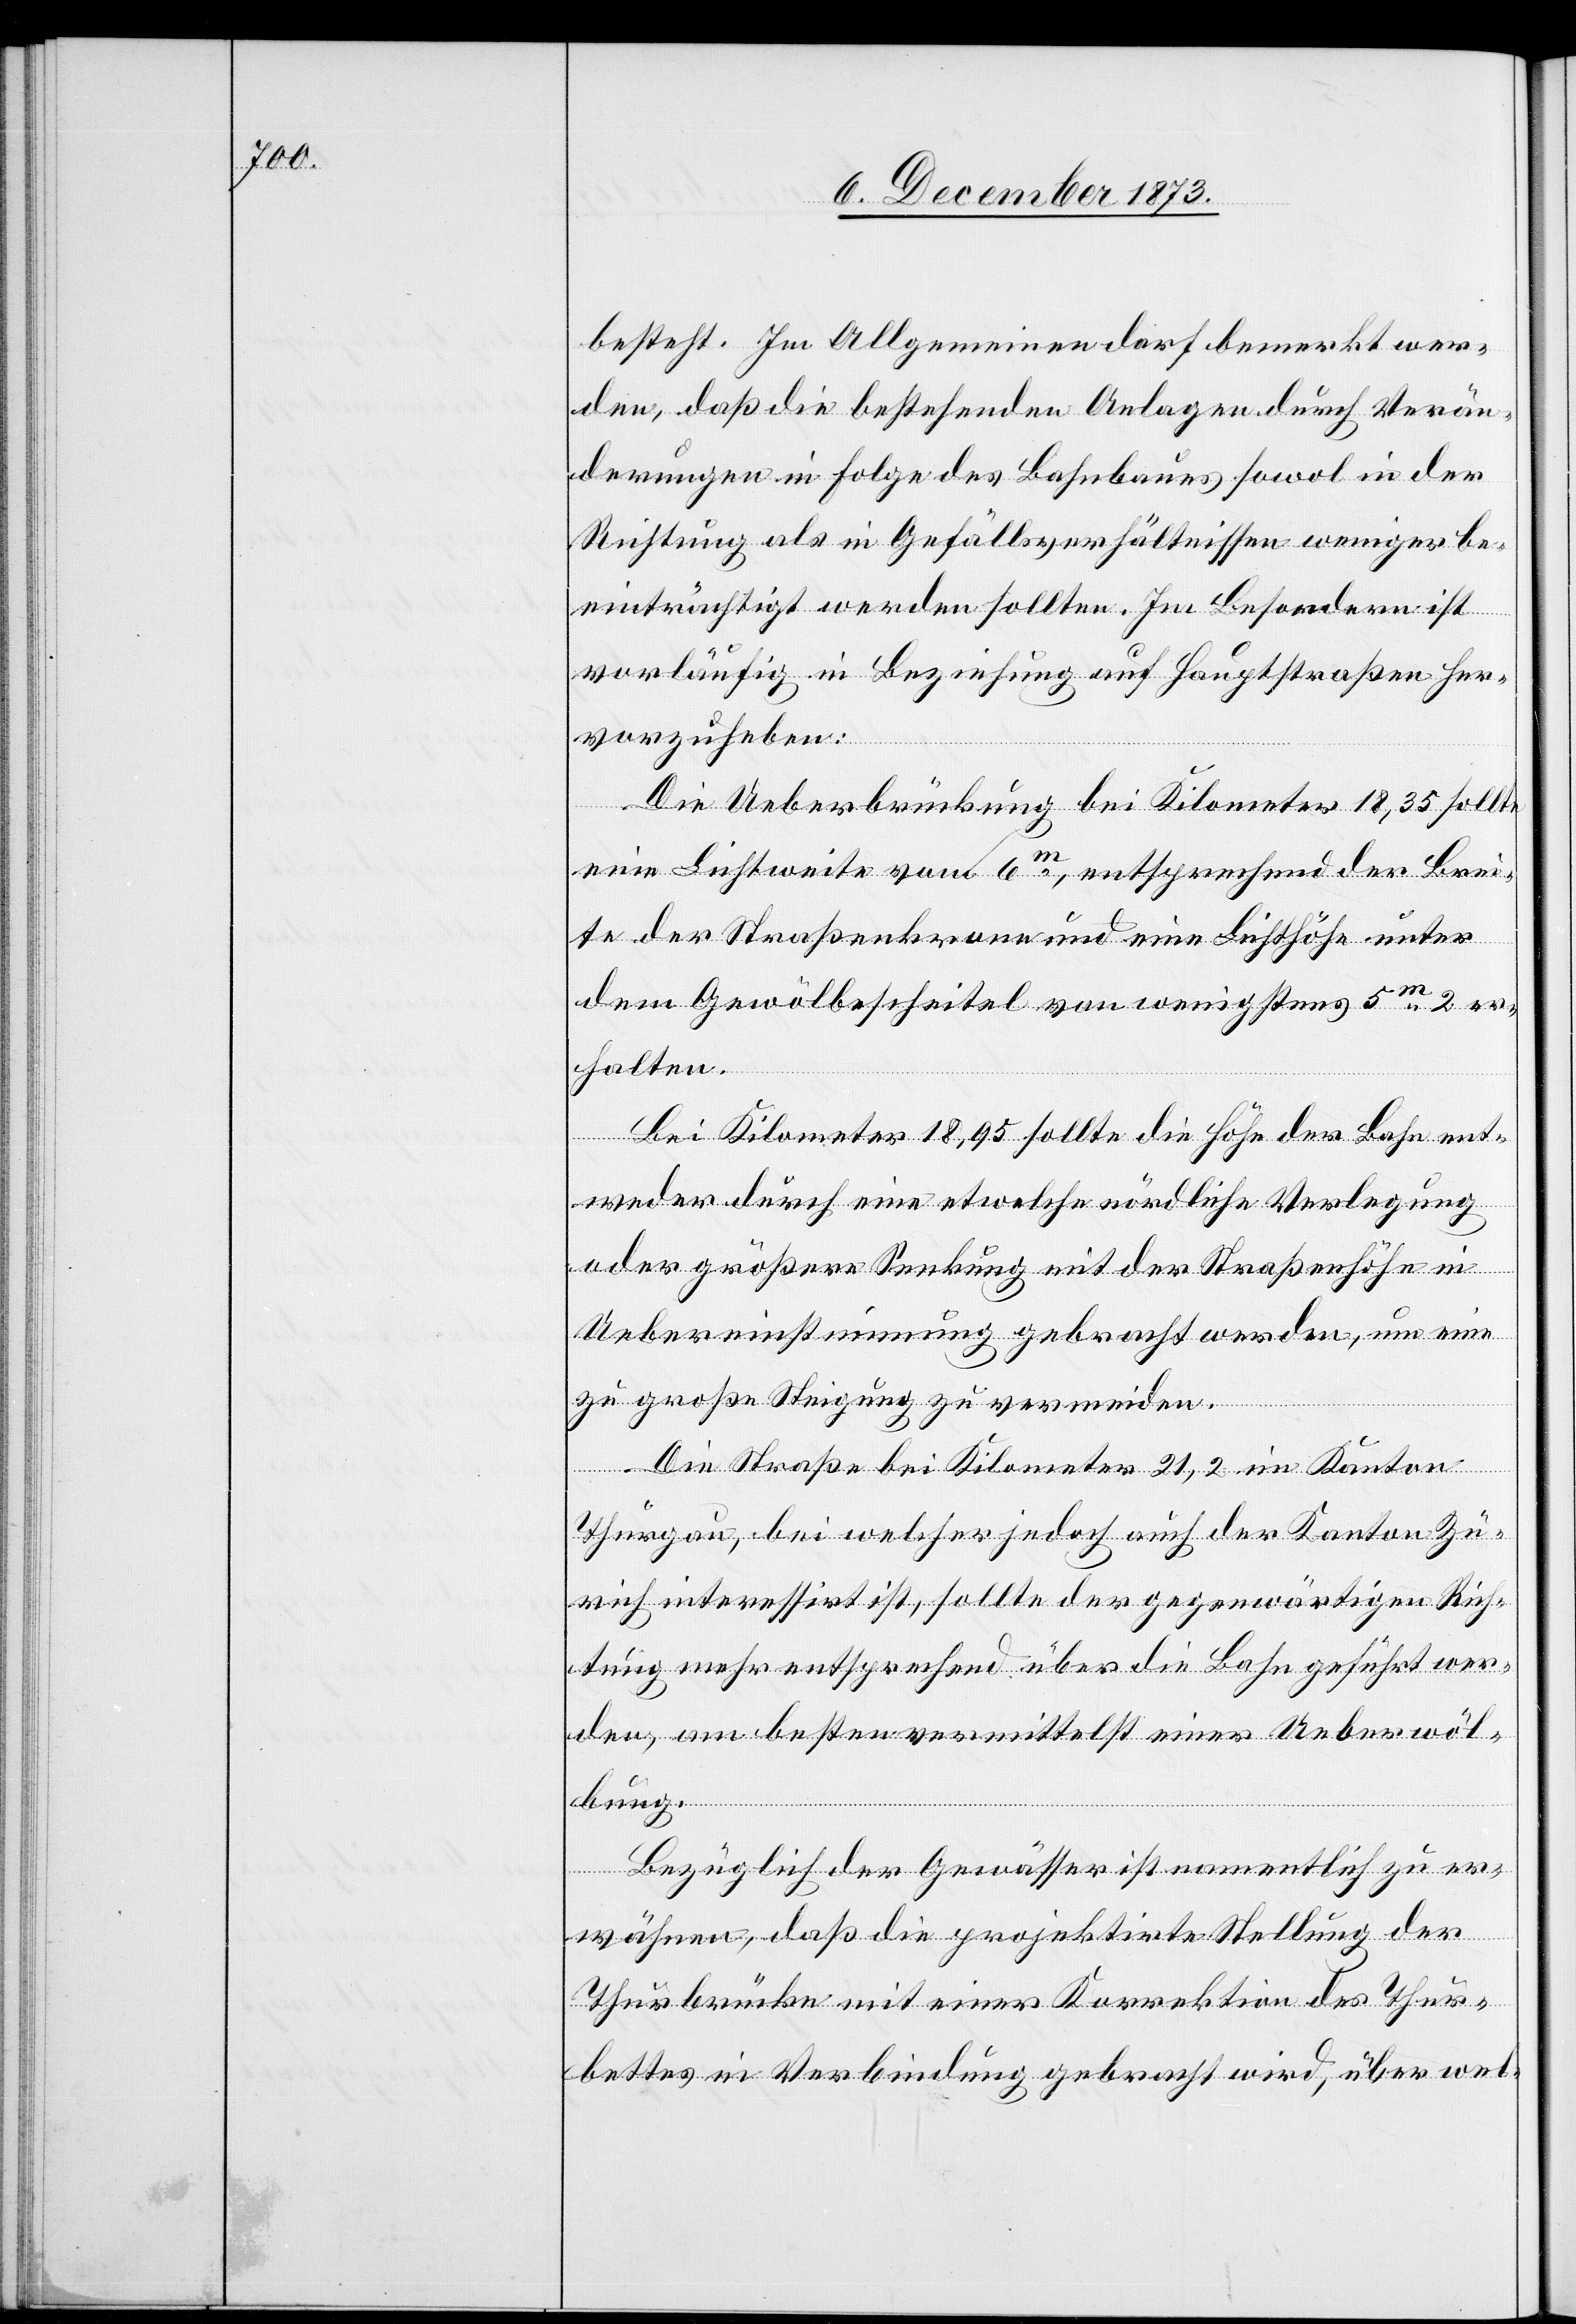
besteht. Im Allgemeinen darf bemerkt wer¬
den, daß die bestehenden Anlagen durch Verän¬
derungen in Folge des Bahnbaues sowol in der
Richtung als in Gefällsverhältnissen weniger be¬
einträchtigt werden sollten. Im Besondern ist
vorläufig in Beziehung auf Hauptstraßen her¬
vorzuheben:
Die Ueberbrückung bei Kilometer 18,35 sollte
eine Lichtweite von 6m, entsprechend der Brei¬
te der Straßenkrone und eine Lichthöhe unter
dem Gewölbescheitel von wenigstens 5m 2 er¬
halten.
Bei Kilometer 18,95 sollte die Höhe der Bahn ent¬
weder durch eine etwelche nördliche Verlegung
oder größere Senkung mit der Straßenhöhe in
Uebereinstimmung gebracht werden, um eine
zu große Steigung zu vermeiden.
Die Straße bei Kilometer 21,2 im Kanton
Thurgau, bei welcher jedoch auch der Kanton Zü¬
rich interessirt ist, sollte der gegenwärtigen Rich¬
tung mehr entsprechend über die Bahn geführt wer¬
den, am besten vermittelst einer Ueberwöl¬
bung.
Bezüglich der Gewässer ist namentlich zu er¬
wähnen, daß die projektirte Stellung der
Thurbrücke mit einer Korrektion des Thur¬
bettes in Verbindung gebracht wird, über wel-